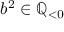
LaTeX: b ^ { 2 } \in \mathbb { Q } _ { < 0 }